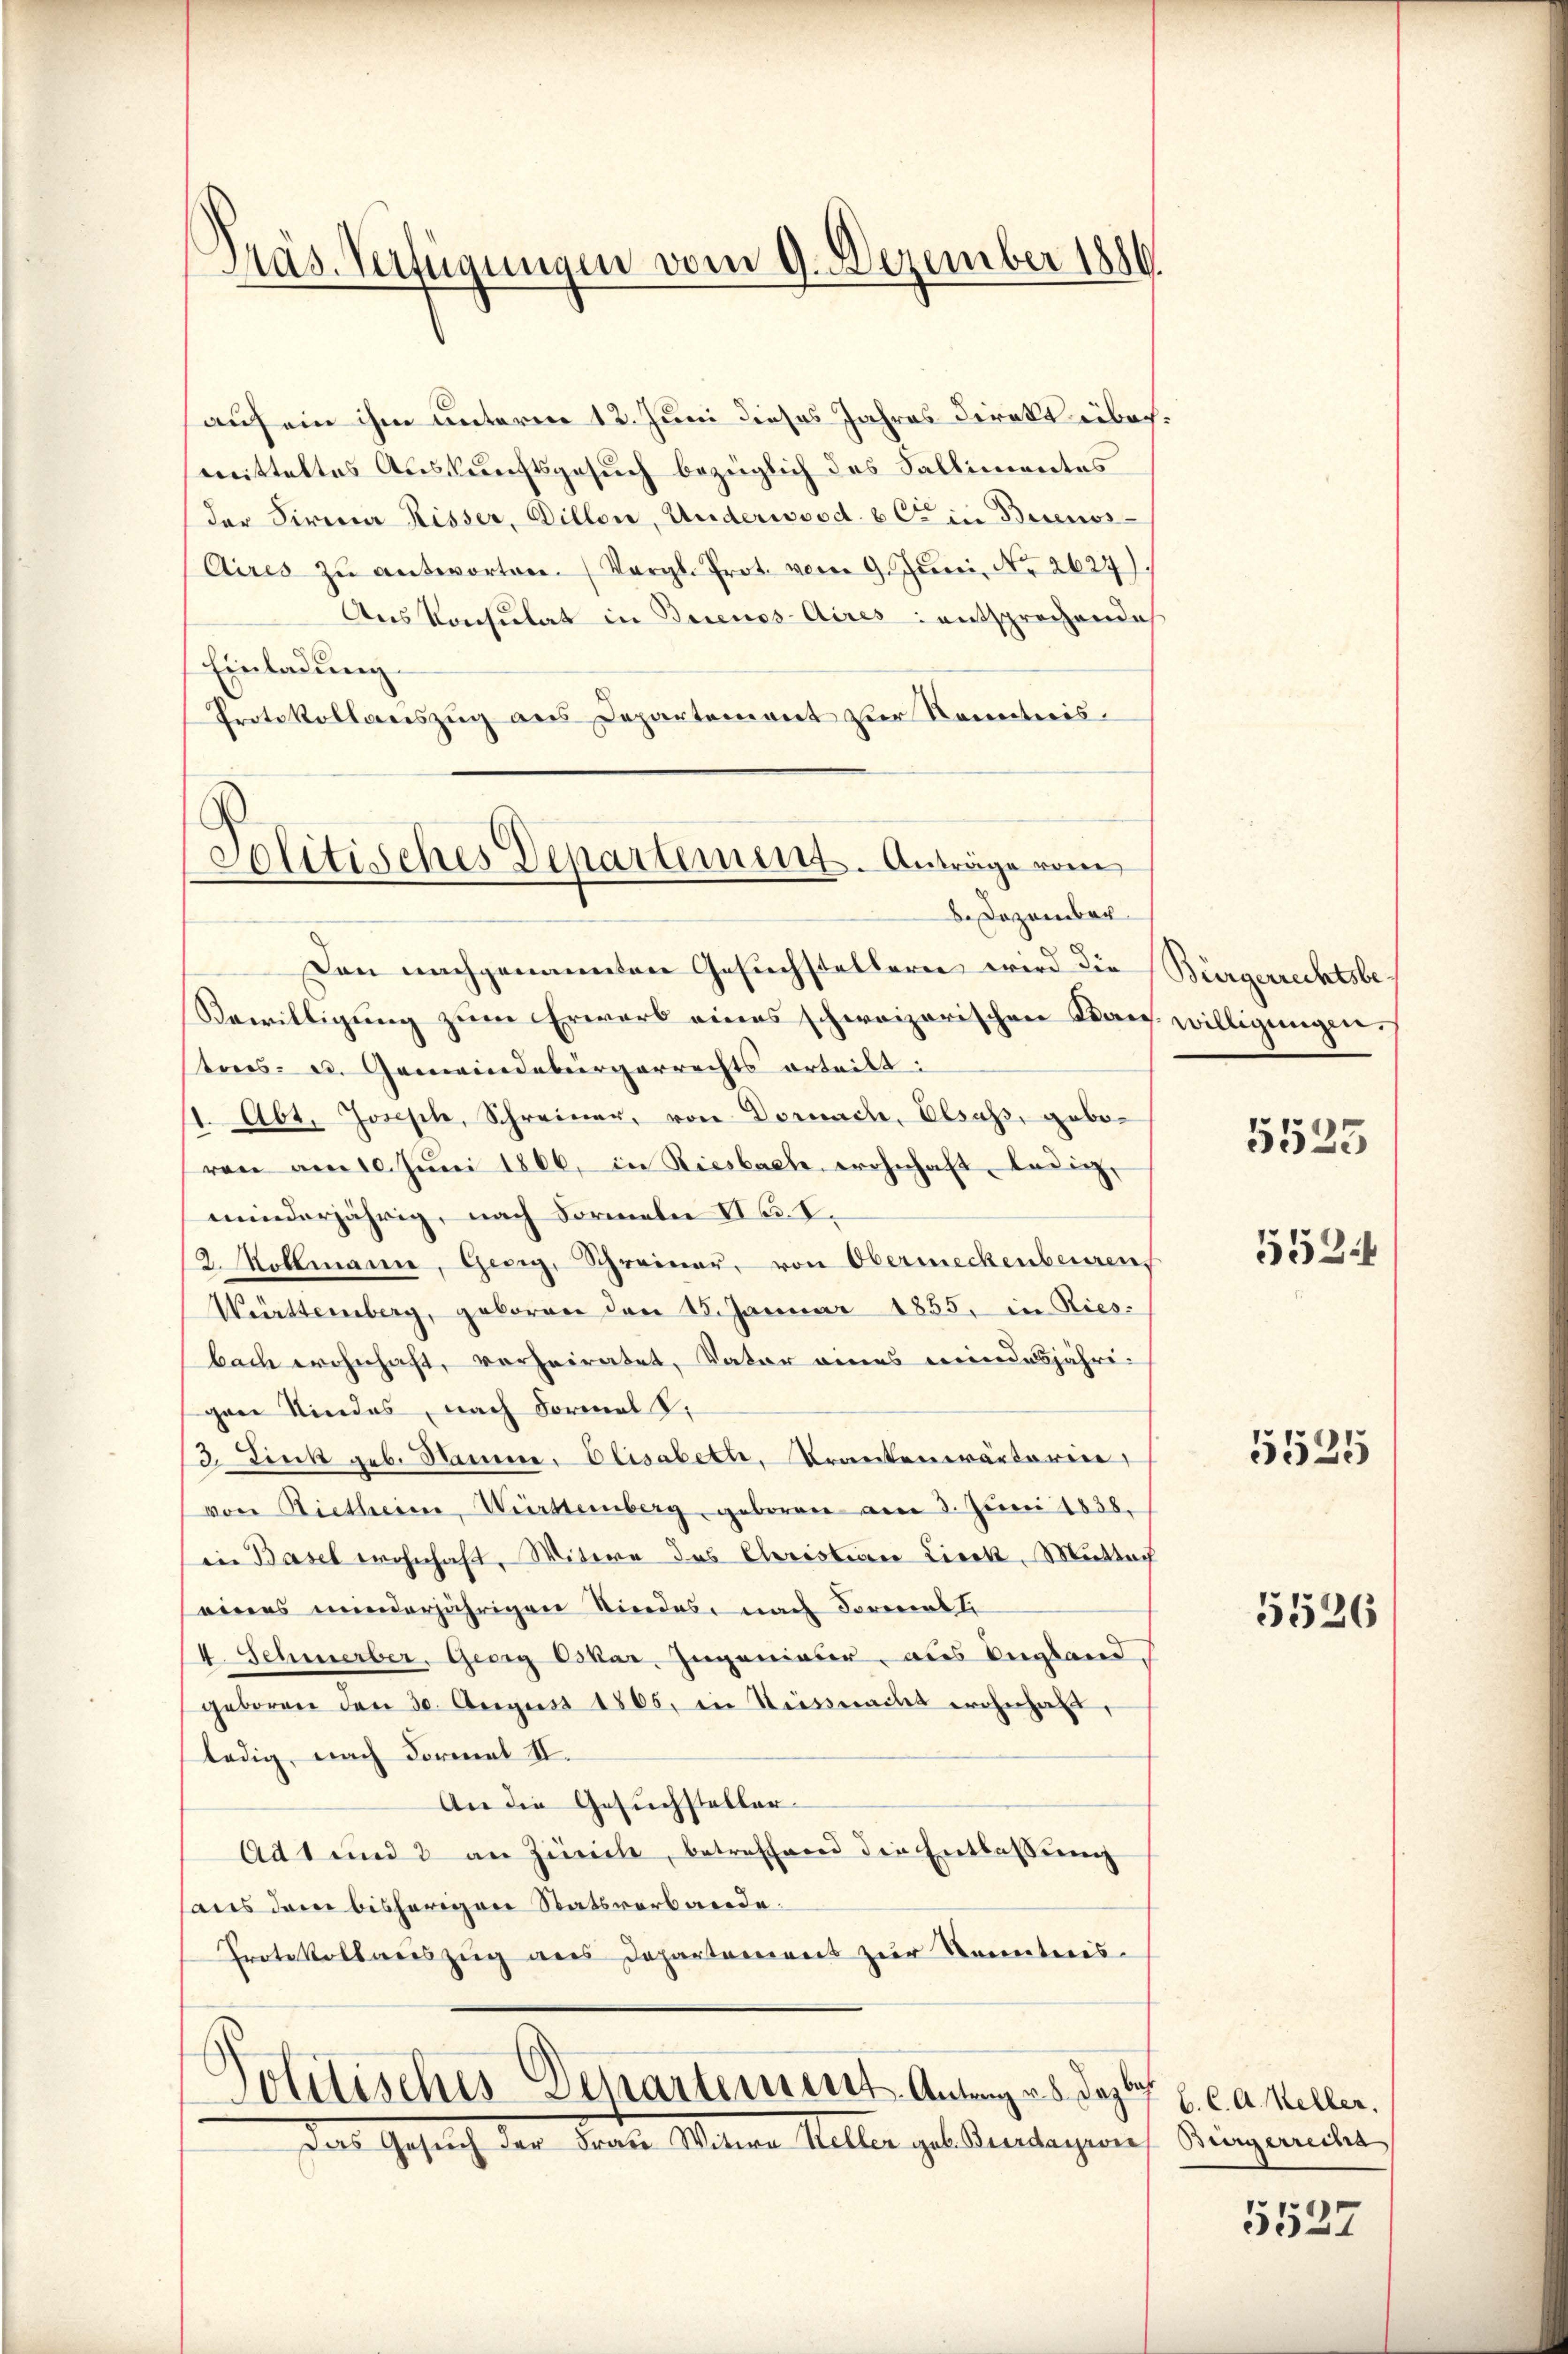
Präs. Verfügungen vom 9. Dezember 1880.

(auf ein ihm unterm 12. Juni dieses Jahres Direkt übermitteltes Auskunftsgesuch bezüglich das Fallimentes
der Firma Risser, Dillen, Underwood. 6. Cet in Buenos¬
Aires zŭ antworten. (Vergl. Prot. vor 9. Juni, No 2627).
Aus Konsulat in Buenos-Aires entsprechende
Einladung
Protokollauszug aus Departement zur Kenntnis.
8. Dezember
Den nachgenannten Gesuchstellern wird die Bürgerrechtsbe¬
Bewilligung zum Erwerb eines schweizerischen Kans. willigungen
tes- u. Gemeindebürgerrechts erteilt:
1. Abt. Joseph, Schreiner, von Dornach, Elsass, geboren am 10. Jŭni 1866, in Riesbach wohnhaft ledig,
minderjährig, nach Formeln Nr. I.
2. Kollmanne, Geeig, Schreiner, von Obermeckenberren
Württemberg, geboren den 15. Januar 1855. in Riesbach wohnhaft, vorheiratet, Vater eines mindesjährigen Kindes, nach Formal
3. Fink geb. Stamme. Elisabett, Krankenwärterin,
von Rietheim, Württemberg geboren am 3. Juni 1838.
in Basel wohnhaft, Witwe des Christian Lieck, Muttach
eines minderjährigen Kindes, nach Formens li
4. Sehmerber, Georg Oskar, Ingenieur aus England
geboren den 30. August 1805. in Weisswacht wohnhaft,
ledig, nach Formal II.
An die Gesuchsteller-
Ad 1 und 3 an Zürich, betreffend die Entlaßung
aus dem bisherigen Statsverbande.
Protokollauszug aus Departement zur Kenntnis-

Solitisches Departement. Anträge vom

Politisches Departement-Antrag v. 5. Dazbe
Den Gesuch der dere Weinen Keller gelesentagion

5525
553

5525

5526

b. C. A. Keller.
Bürgerrecha

5527